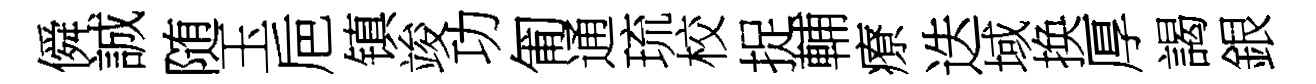
僢誠随玉巵镇竣功匍通琉校捉輔療迭域换厚謁銀